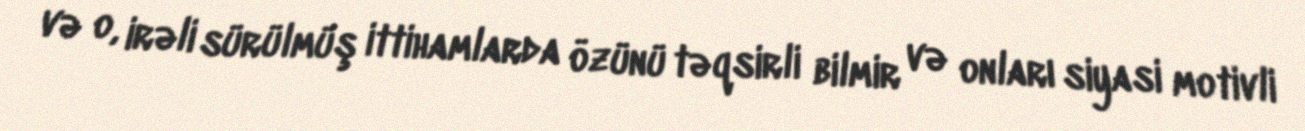
və o, irəli sürülmüş ittihamlarda özünü təqsirli bilmir və onları siyasi motivli